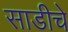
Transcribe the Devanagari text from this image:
साडीचे